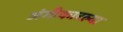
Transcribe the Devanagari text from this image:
अंगीकारल्या